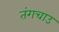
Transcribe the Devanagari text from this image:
तंगचाउ